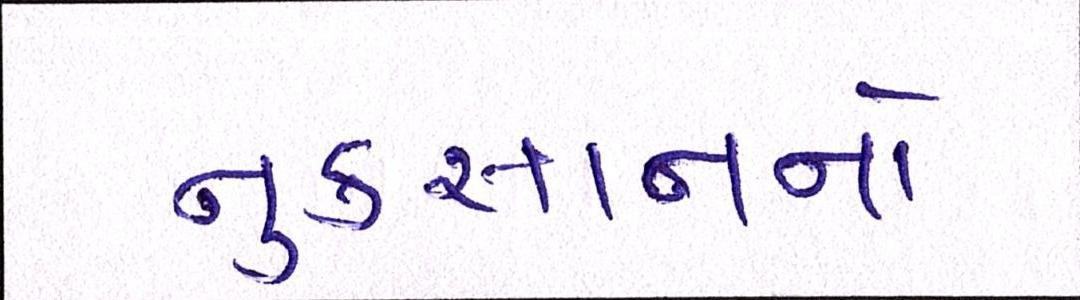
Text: નુકસાનનો